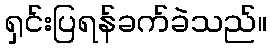
ရှင်းပြရန်ခက်ခဲသည်။